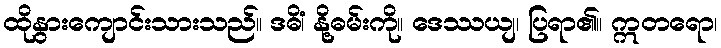
ထိုနွားကျောင်းသားသည်။ ဒဓိံ၊ နို့ဓမ်းကို။ ဒေဿယျ၊ ပြရာ၏။ ဣတရော၊